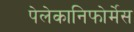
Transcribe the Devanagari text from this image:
पेलेकानिफोर्मेस